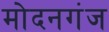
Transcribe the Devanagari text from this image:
मोदनगंज